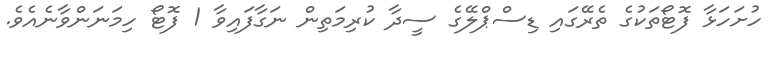
ހުށަހަޅާ ފޮޓޯތަކުގެ ތެރޭގައި ޑިސްޕްލޭގެ ސީދާ ކުރިމަތިން ނަގާފައިވާ 1 ފޮޓޯ ހިމަނަންވާނެއެވެ.